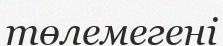
төлемегені